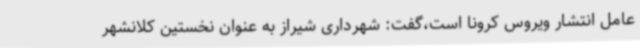
عامل انتشار ویروس کرونا است،گفت: شهرداری شیراز به عنوان نخستین کلانشهر